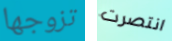
تزوجها انتصرت